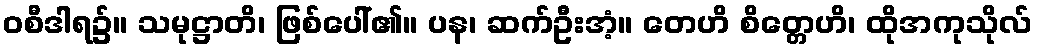
ဝစီဒါရ၌။ သမုဋ္ဌာတိ၊ ဖြစ်ပေါ်၏။ ပန၊ ဆက်ဦးအံ့။ တေဟိ စိတ္တေဟိ၊ ထိုအကုသိုလ်